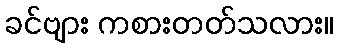
ခင်ဗျား ကစားတတ်သလား။